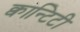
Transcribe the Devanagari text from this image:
क्वान्टिटी